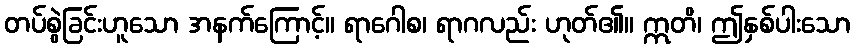
တပ်စွဲခြင်းဟူသော အနက်ကြောင့်။ ရာဂေါစ၊ ရာဂလည်း ဟုတ်၏။ ဣတိ၊ ဤနှစ်ပါးသော